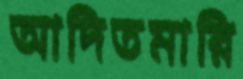
আদিতমারি